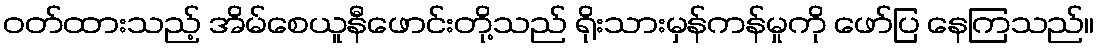
ဝတ်ထားသည့် အိမ်စေယူနီဖောင်းတို့သည် ရိုးသားမှန်ကန်မှုကို ဖော်ပြ နေကြသည်။